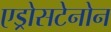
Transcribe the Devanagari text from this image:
एड्रोसटेनोन